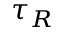
\tau _ { R }